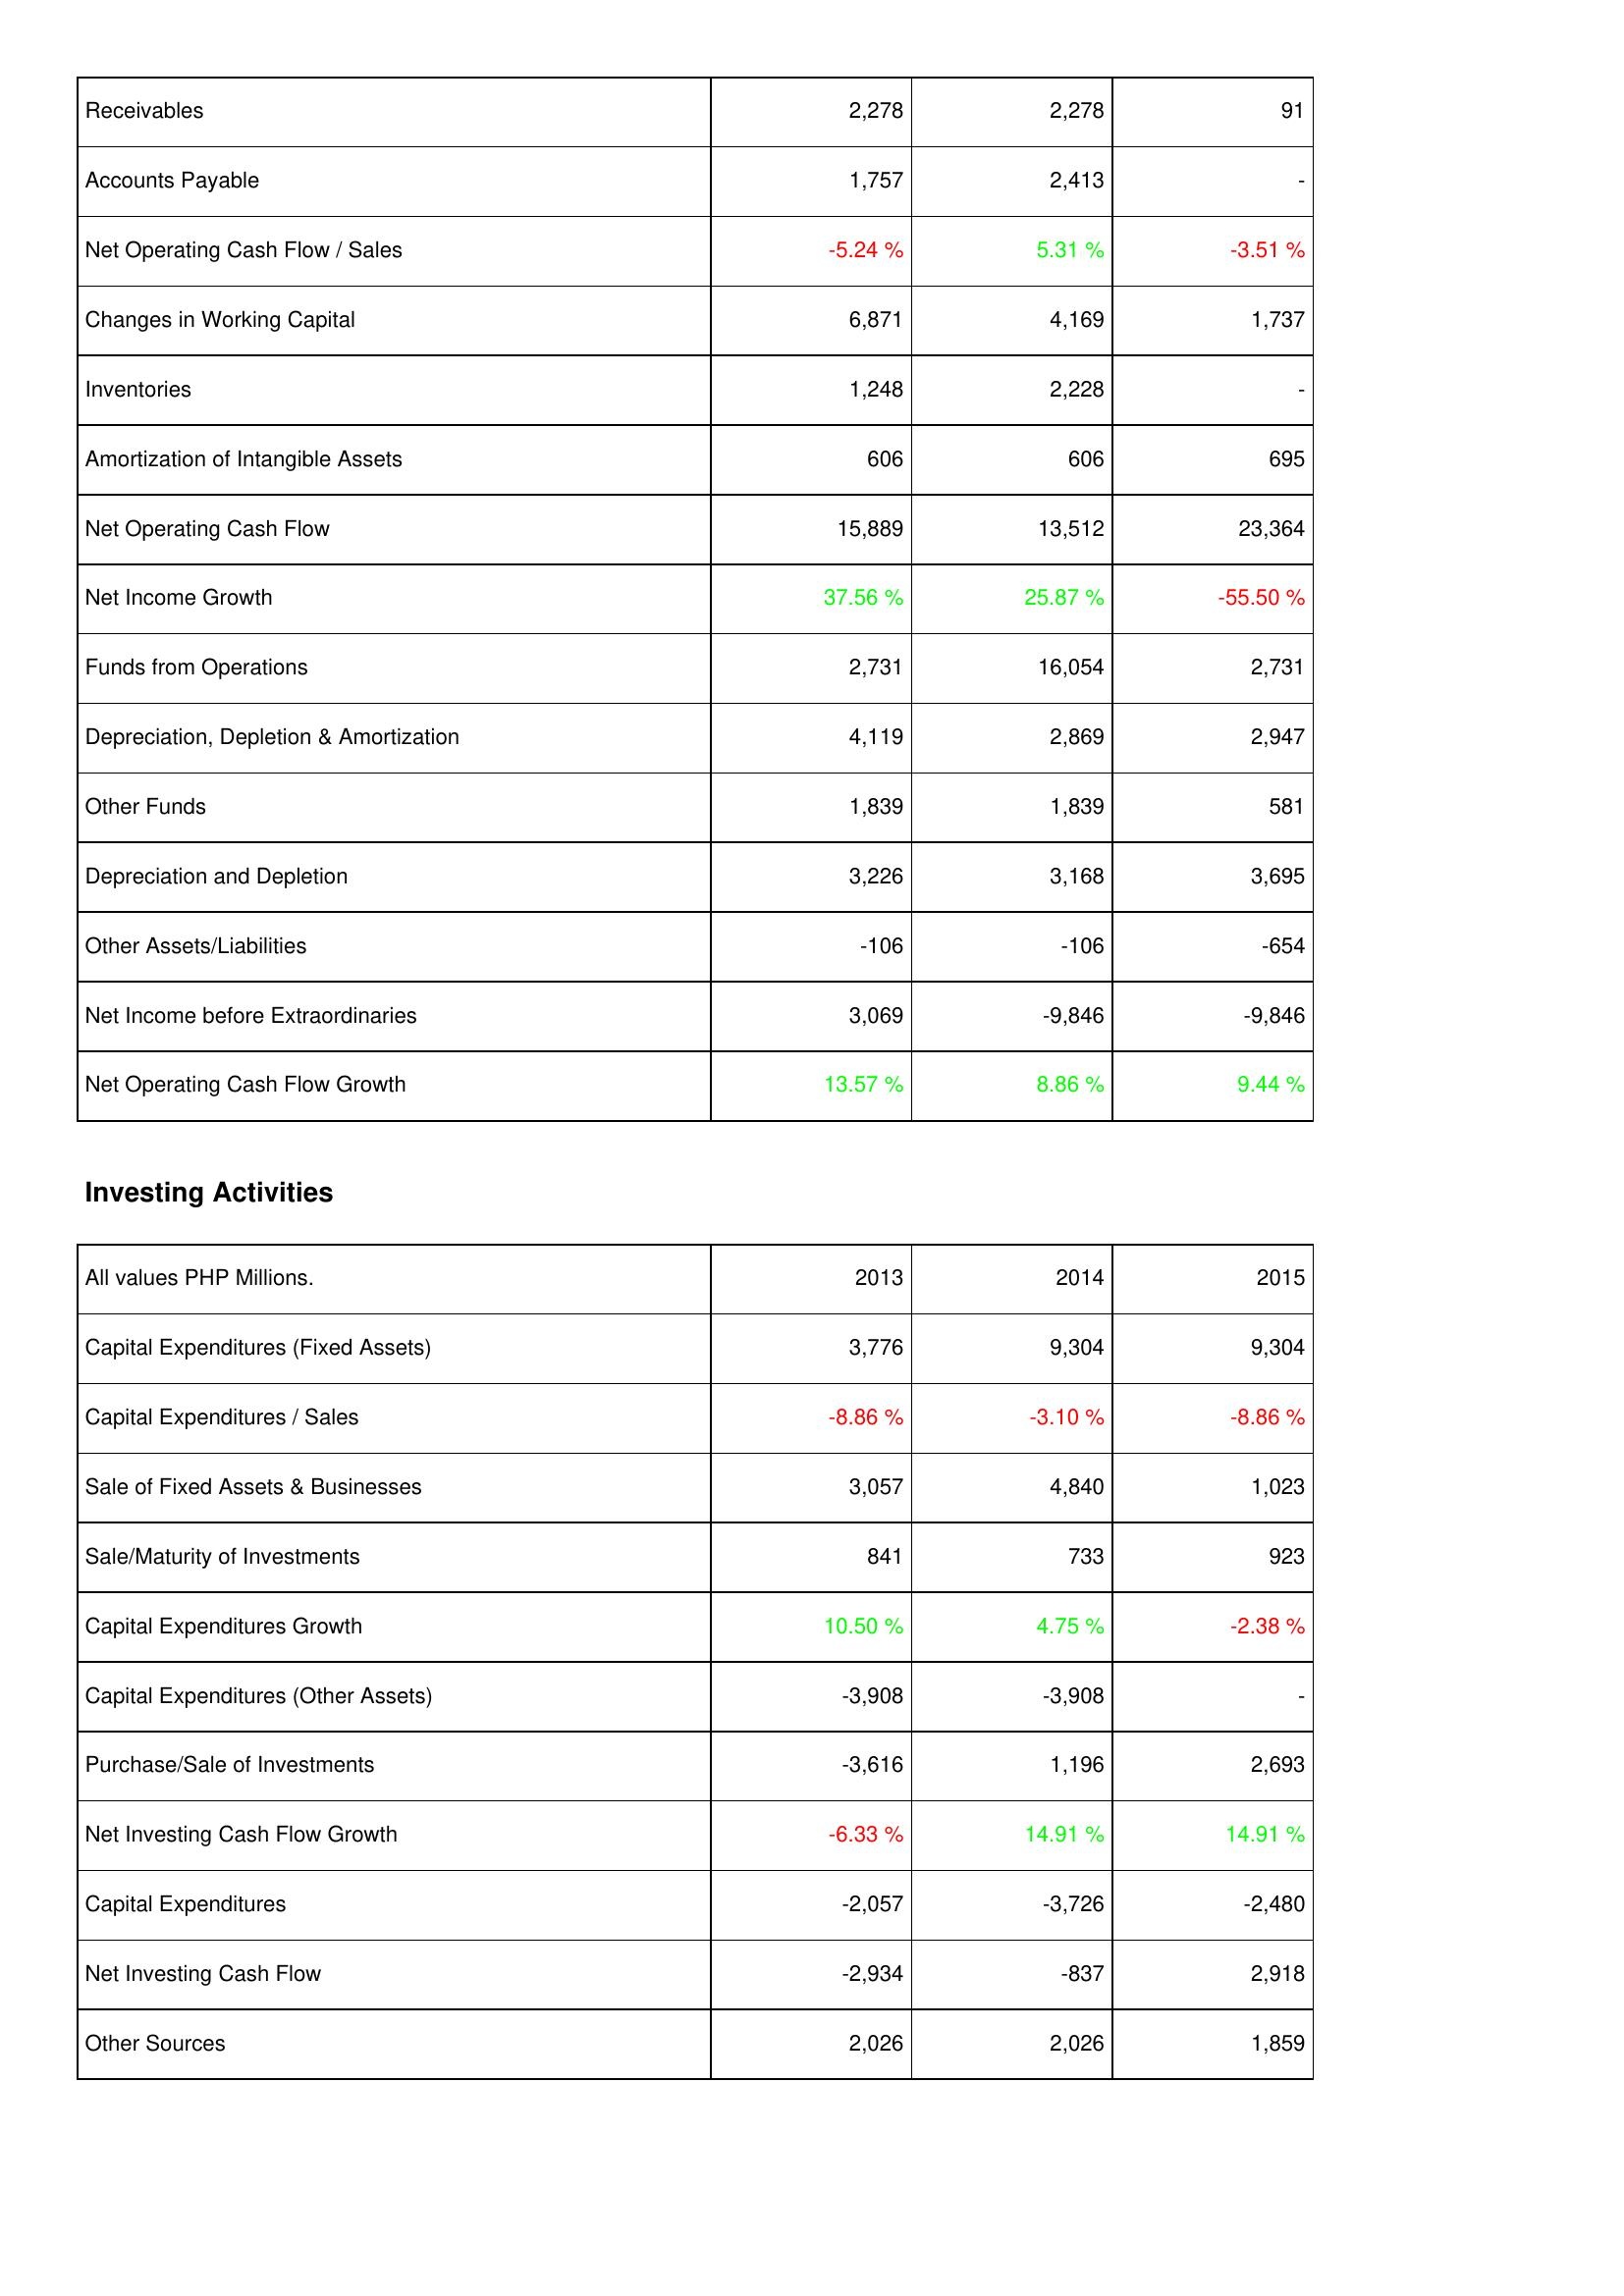
2013: Operating Activities: Receivables: 2,278
Accounts Payable: 1,757
Net Operating Cash Flow / Sales: -5.24 %
Changes in Working Capital: 6,871
Inventories: 1,248
Amortization of Intangible Assets: 606
Net Operating Cash Flow: 15,889
Net Income Growth: 37.56 %
Funds from Operations: 2,731
Depreciation, Depletion & Amortization: 4,119
Other Funds: 1,839
Depreciation and Depletion: 3,226
Other Assets/Liabilities: -106
Net Income before Extraordinaries: 3,069
Net Operating Cash Flow Growth: 13.57 %
Investing Activities: Capital Expenditures (Fixed Assets): 3,776
Capital Expenditures / Sales: -8.86 %
Sale of Fixed Assets & Businesses: 3,057
Sale/Maturity of Investments: 841
Capital Expenditures Growth: 10.50 %
Capital Expenditures (Other Assets): -3,908
Purchase/Sale of Investments: -3,616
Net Investing Cash Flow Growth: -6.33 %
Capital Expenditures: -2,057
Net Investing Cash Flow: -2,934
Other Sources: 2,026
2014: Operating Activities: Receivables: 2,278
Accounts Payable: 2,413
Net Operating Cash Flow / Sales: 5.31 %
Changes in Working Capital: 4,169
Inventories: 2,228
Amortization of Intangible Assets: 606
Net Operating Cash Flow: 13,512
Net Income Growth: 25.87 %
Funds from Operations: 16,054
Depreciation, Depletion & Amortization: 2,869
Other Funds: 1,839
Depreciation and Depletion: 3,168
Other Assets/Liabilities: -106
Net Income before Extraordinaries: -9,846
Net Operating Cash Flow Growth: 8.86 %
Investing Activities: Capital Expenditures (Fixed Assets): 9,304
Capital Expenditures / Sales: -3.10 %
Sale of Fixed Assets & Businesses: 4,840
Sale/Maturity of Investments: 733
Capital Expenditures Growth: 4.75 %
Capital Expenditures (Other Assets): -3,908
Purchase/Sale of Investments: 1,196
Net Investing Cash Flow Growth: 14.91 %
Capital Expenditures: -3,726
Net Investing Cash Flow: -837
Other Sources: 2,026
2015: Operating Activities: Receivables: 91
Accounts Payable: -
Net Operating Cash Flow / Sales: -3.51 %
Changes in Working Capital: 1,737
Inventories: -
Amortization of Intangible Assets: 695
Net Operating Cash Flow: 23,364
Net Income Growth: -55.50 %
Funds from Operations: 2,731
Depreciation, Depletion & Amortization: 2,947
Other Funds: 581
Depreciation and Depletion: 3,695
Other Assets/Liabilities: -654
Net Income before Extraordinaries: -9,846
Net Operating Cash Flow Growth: 9.44 %
Investing Activities: Capital Expenditures (Fixed Assets): 9,304
Capital Expenditures / Sales: -8.86 %
Sale of Fixed Assets & Businesses: 1,023
Sale/Maturity of Investments: 923
Capital Expenditures Growth: -2.38 %
Capital Expenditures (Other Assets): -
Purchase/Sale of Investments: 2,693
Net Investing Cash Flow Growth: 14.91 %
Capital Expenditures: -2,480
Net Investing Cash Flow: 2,918
Other Sources: 1,859